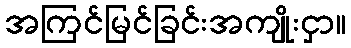
အကြင်မြင်ခြင်းအကျိုးငှာ။